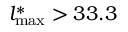
l _ { \mathrm { m a x } } ^ { \ast } > 3 3 . 3